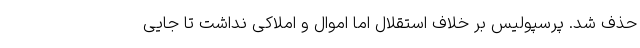
حذف شد. پرسپولیس بر خلاف استقلال اما اموال و املاکی نداشت تا جایی